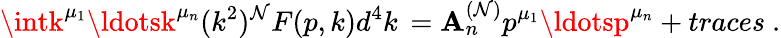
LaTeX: \intk^{\mu_{1}}\ldotsk^{\mu_{n}}(k^{2})^{\mathcal{N}}F(p,k)d^{4}k\, =\mathbf{A}_{n}^{(\mathcal{N})}p^{\mu_{1}}\ldotsp^{\mu_{n}}+traces\ .